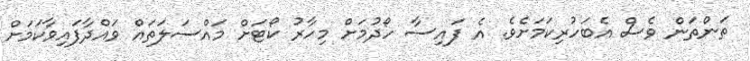
ތަންތަން ވެސް އެބަހުރިކަމަށެވެ. އެ ފައިސާ ހޯދުމަށް މިހާރު ކޯޓަށް މައްސަލަތައް ވައްދާފައިވާކަމަށް